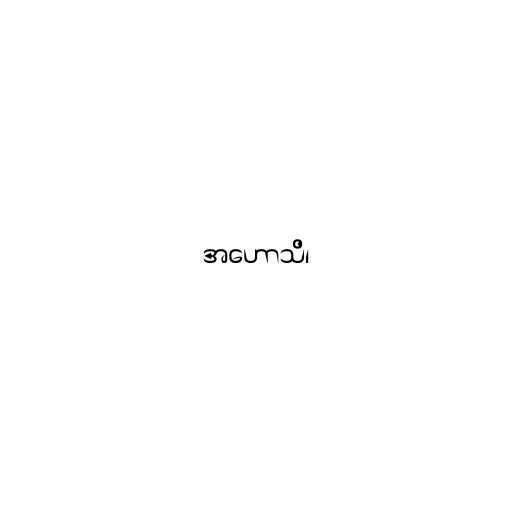
အဟောသိ၊